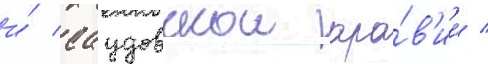
и́ саудовскои ара́в'ии /